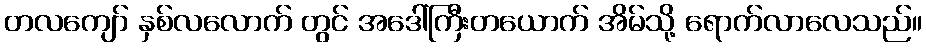
တလကျော် နှစ်လလောက် တွင် အဒေါ်ကြီးတယောက် အိမ်သို့ ရောက်လာလေသည်။